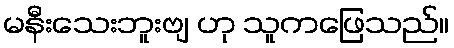
မနီးသေးဘူးဗျ ဟု သူကဖြေသည်။